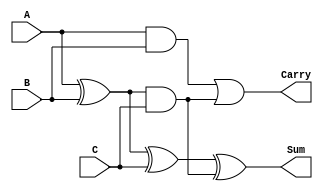
module CarrySaveAdder #(parameter N = 8) (
    input  [N-1:0] A,  // First operand
    input  [N-1:0] B,  // Second operand
    input  [N-1:0] C,  // Third operand
    output [N-1:0] Sum, // Final Sum output
    output [N-1:0] Carry // Final Carry output
);

    // Intermediate wires for partial sums and carries
    wire [N-1:0] P1; // Partial sum of A and B
    wire [N-1:0] C1; // Partial carry of A and B
    wire [N-1:0] P2; // Partial sum of P1 and C
    wire [N-1:0] C2; // Partial carry of P1 and C

    // Stage 1: Calculate partial sums and carries for A, B
    assign P1 = A ^ B;    // Partial Sum of A and B
    assign C1 = A & B;    // Partial Carry of A and B

    // Stage 2: Calculate partial sums and carries for the result of stage 1 and C
    assign P2 = P1 ^ C;   // Partial Sum of previous result and C
    assign C2 = P1 & C;   // Partial Carry of previous result and C

    // Stage 3: Final Sum and Carry
    assign Sum = P2 ^ C2; // Final Sum
    assign Carry = C1 | C2; // Final Carry

endmodule